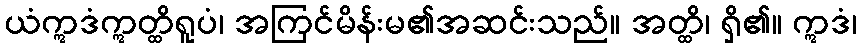
ယံဣဒံဣတ္ထိရူပံ၊ အကြင်မိန်းမ၏အဆင်းသည်။ အတ္ထိ၊ ရှိ၏။ ဣဒံ၊